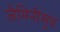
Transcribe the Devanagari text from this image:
जैमिनीसूत्र